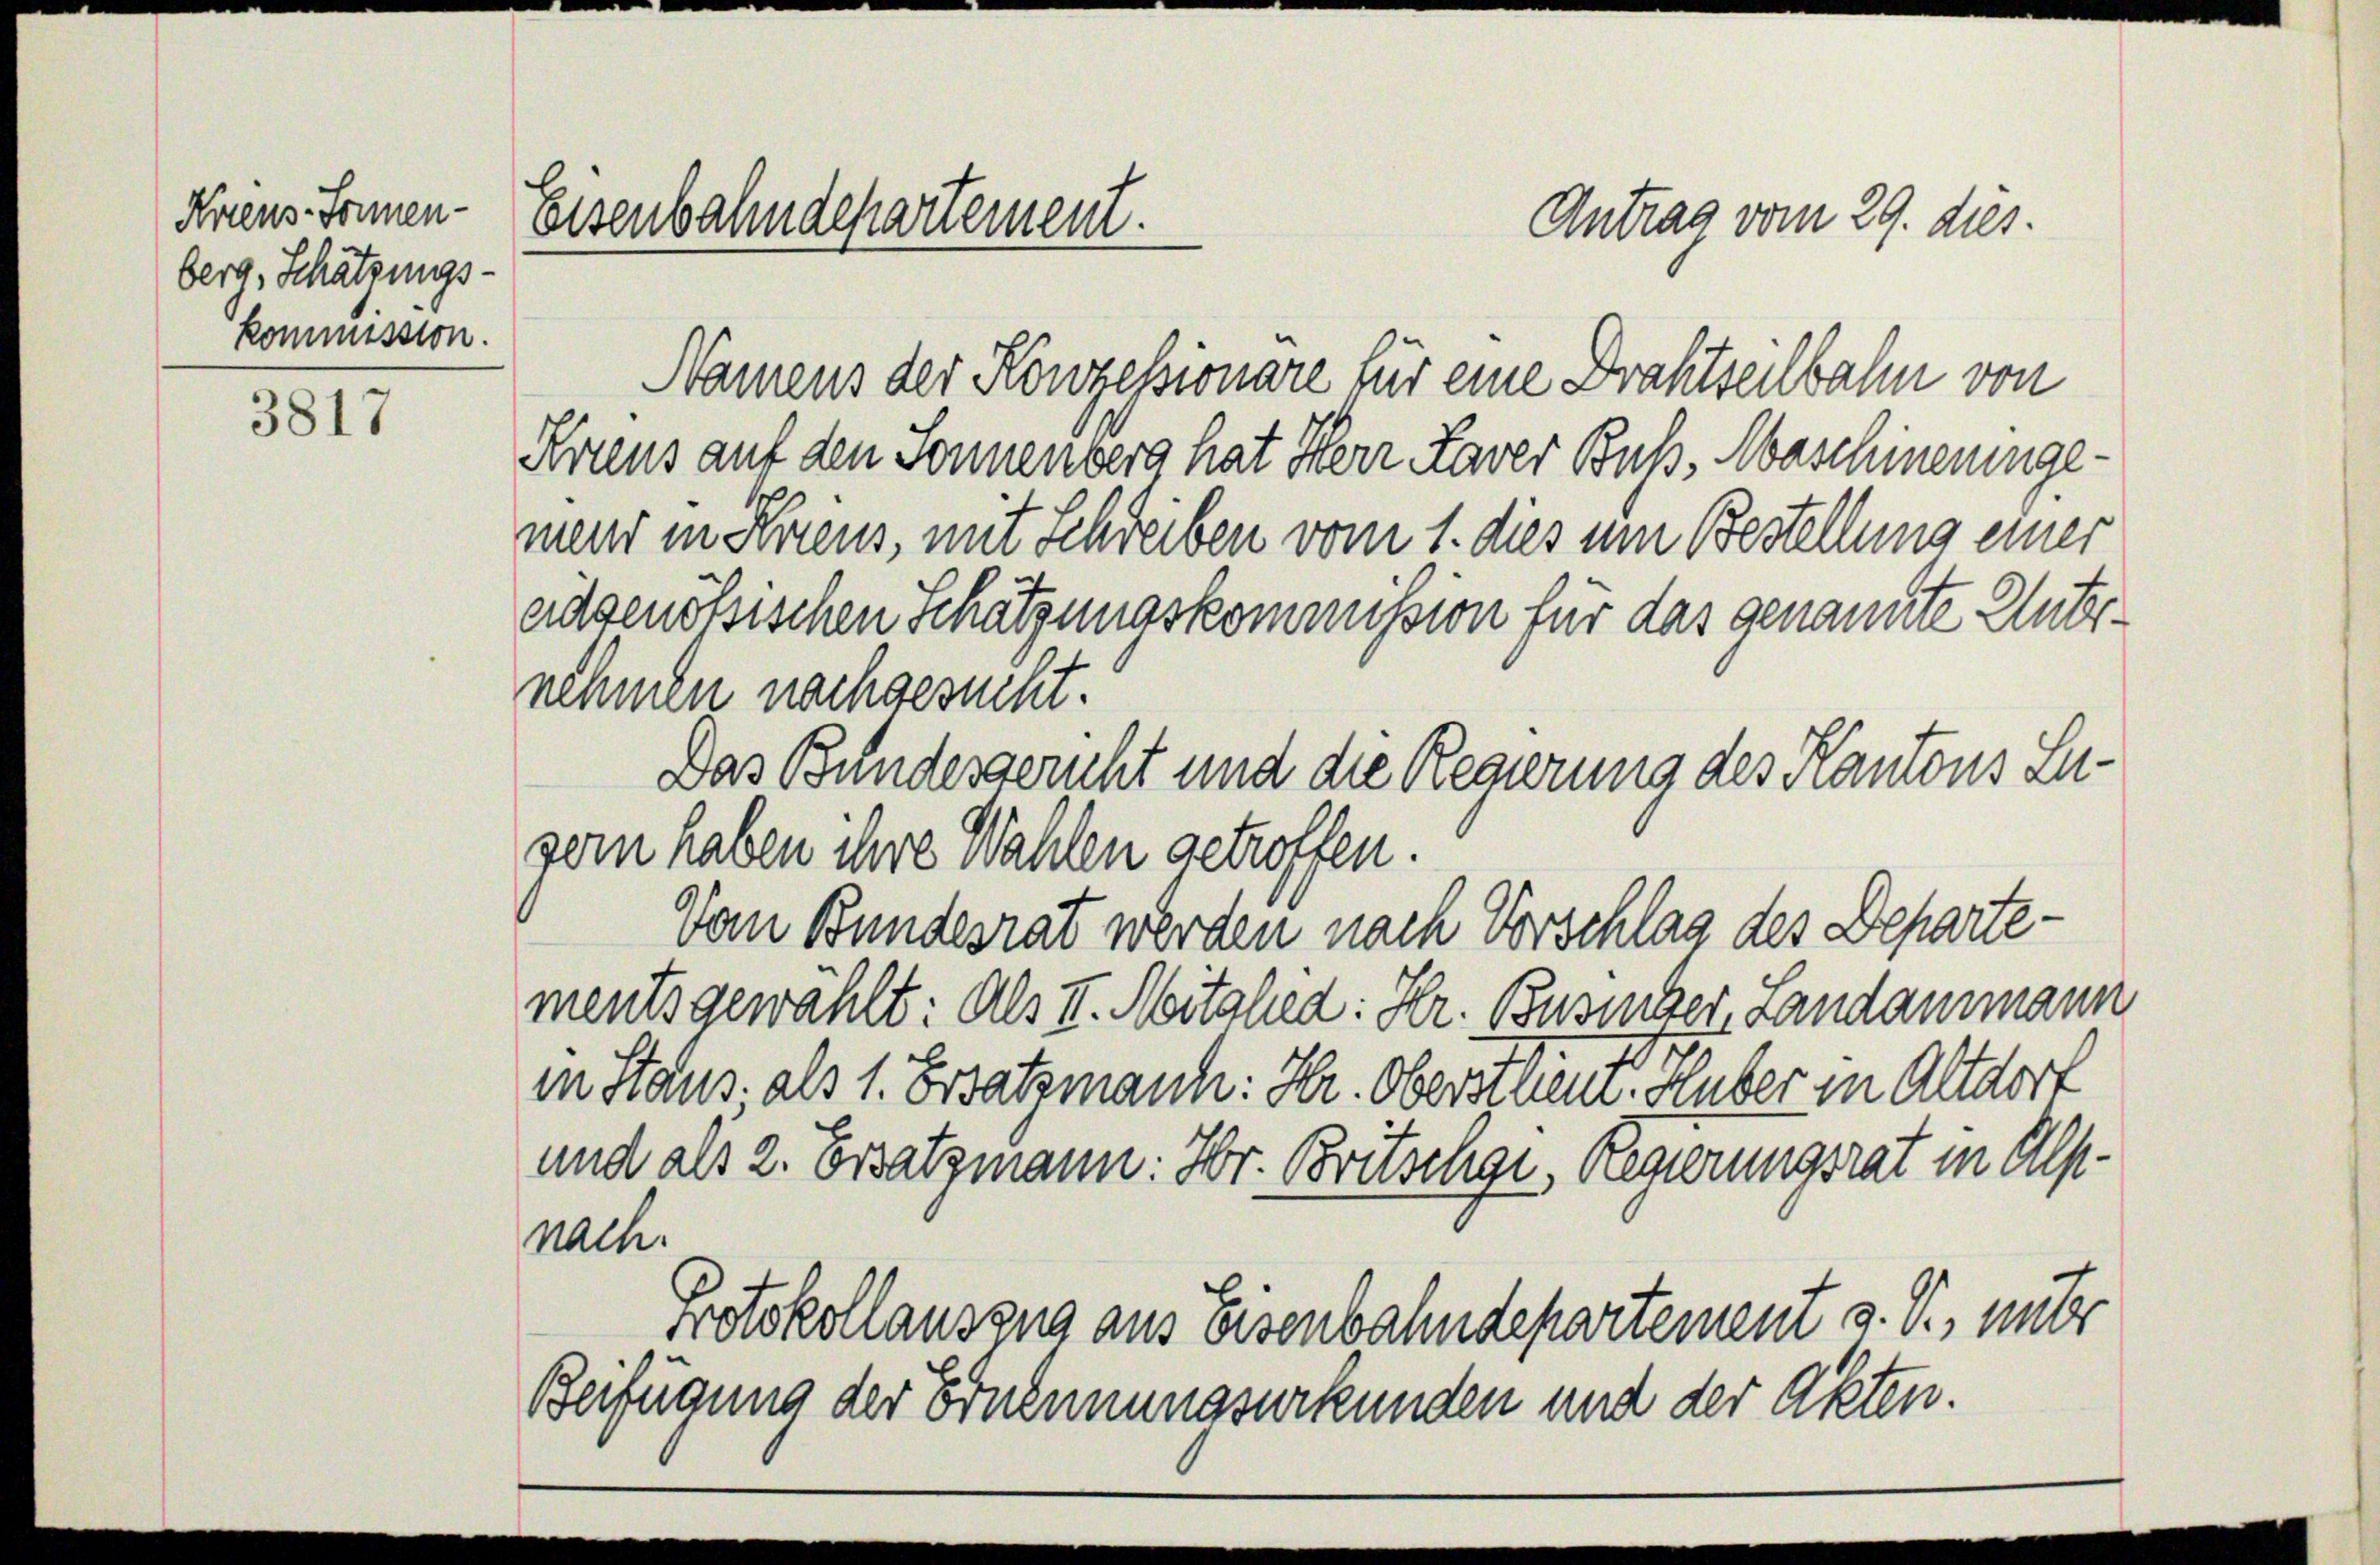
Krius Jonen- Eisenbahndepartement.
Antrag vom 29. dies.
berg, Schätzungskommission.

3817

Namens der Konzessionare für eine Drahtseilbahn von
Krius auf den Sonnenberg hat Herr Laver Buß, Maschineningemend in Heus, mit Schreiben vom 1. dies um Bestellung einer
Das Bundesgericht und die Regierung des Kantons Lugern haben ihre Wahlen getroffen.
Vom Bundesrat werden nach Vorschlag des Departementsgewählt: Als II. Mitglied: Hr. Busiiber, Landammann
in Staus als 1. Ersatzmann: Hr. Obersten Huber in Altdort
und als 2. Ersatzmann: Hr. Britschgi, Regierungsrat in Alpnach.
Protokollauszug aus Eisenbahndepartement v. J., unter
Beifügung der Ernennungsurkunden und der Akten.

nehmen nachgesucht.

eidgenössischen Schätzungskommission für das genannte Unter¬